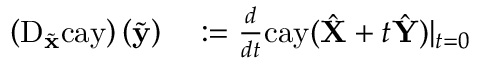
\begin{array} { r l } { \left( \mathrm { D } _ { \tilde { \mathbf { x } } } \mathrm { c a y } \right) \left( \tilde { \mathbf { y } } \right) } & { { } : = \frac { d } { d t } \mathrm { c a y } ( \hat { \mathbf { X } } + t \hat { \mathbf { Y } } ) | _ { t = 0 } } \end{array}